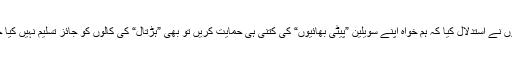
.... اُنہوں نے استدلال کیا کہ ہم خواہ اپنے سویلین ”پیٹی بھائیوں“ کی کتنی ہی حمایت کریں تو بھی ”ہڑتال“ کی کالوں کو جائز تسلیم نہیں کیا جاسکتا۔